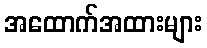
အထောက်အထားများ